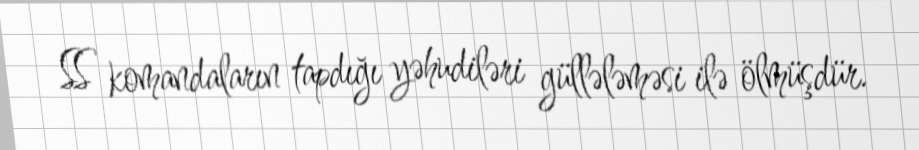
SS komandaların tapdığı yəhudiləri güllələməsi ilə ölmüşdür.